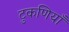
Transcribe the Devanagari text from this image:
टुकणियाँ